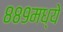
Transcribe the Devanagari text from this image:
८८९मध्ये